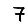
Digit: 7